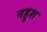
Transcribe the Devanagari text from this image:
नहुश